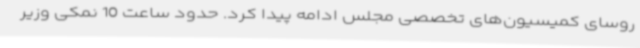
روسای کمیسیون‌های تخصصی مجلس ادامه پیدا کرد. حدود ساعت 10 نمکی وزیر